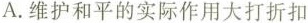
A. 维护和平的实际作用大打折扣